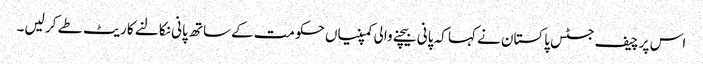
اس پر چیف جسٹس پاکستان نے کہا کہ پانی بیچنے والی کمپنیاں حکومت کےساتھ پانی نکالنے کا ریٹ طے کر لیں۔